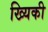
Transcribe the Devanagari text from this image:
ख्यिकी